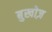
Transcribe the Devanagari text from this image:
बुखोज़